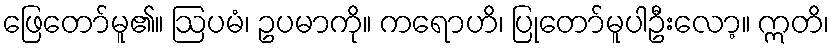
ဖြေတော်မူ၏။ ဩပမံ၊ ဥပမာကို။ ကရောဟိ၊ ပြုတော်မူပါဦးလော့။ ဣတိ၊